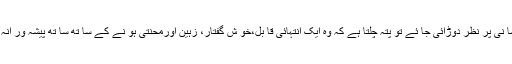
رائے بابر سعید کی جا ں فشا نی پر نظر دوڑائی جا ئے تو پتہ چلتا ہے کہ وہ ایک انتہائی قا بل،خو ش گفتار، زہین اورمحنتی ہو نے کے سا تھ سا تھ پیشہ ور انہ مہارت کے حامل آفیسرہیں۔